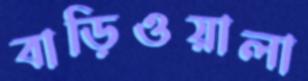
বাড়িওয়ালা